Jarvakandi_vallavalitsus, lk 28
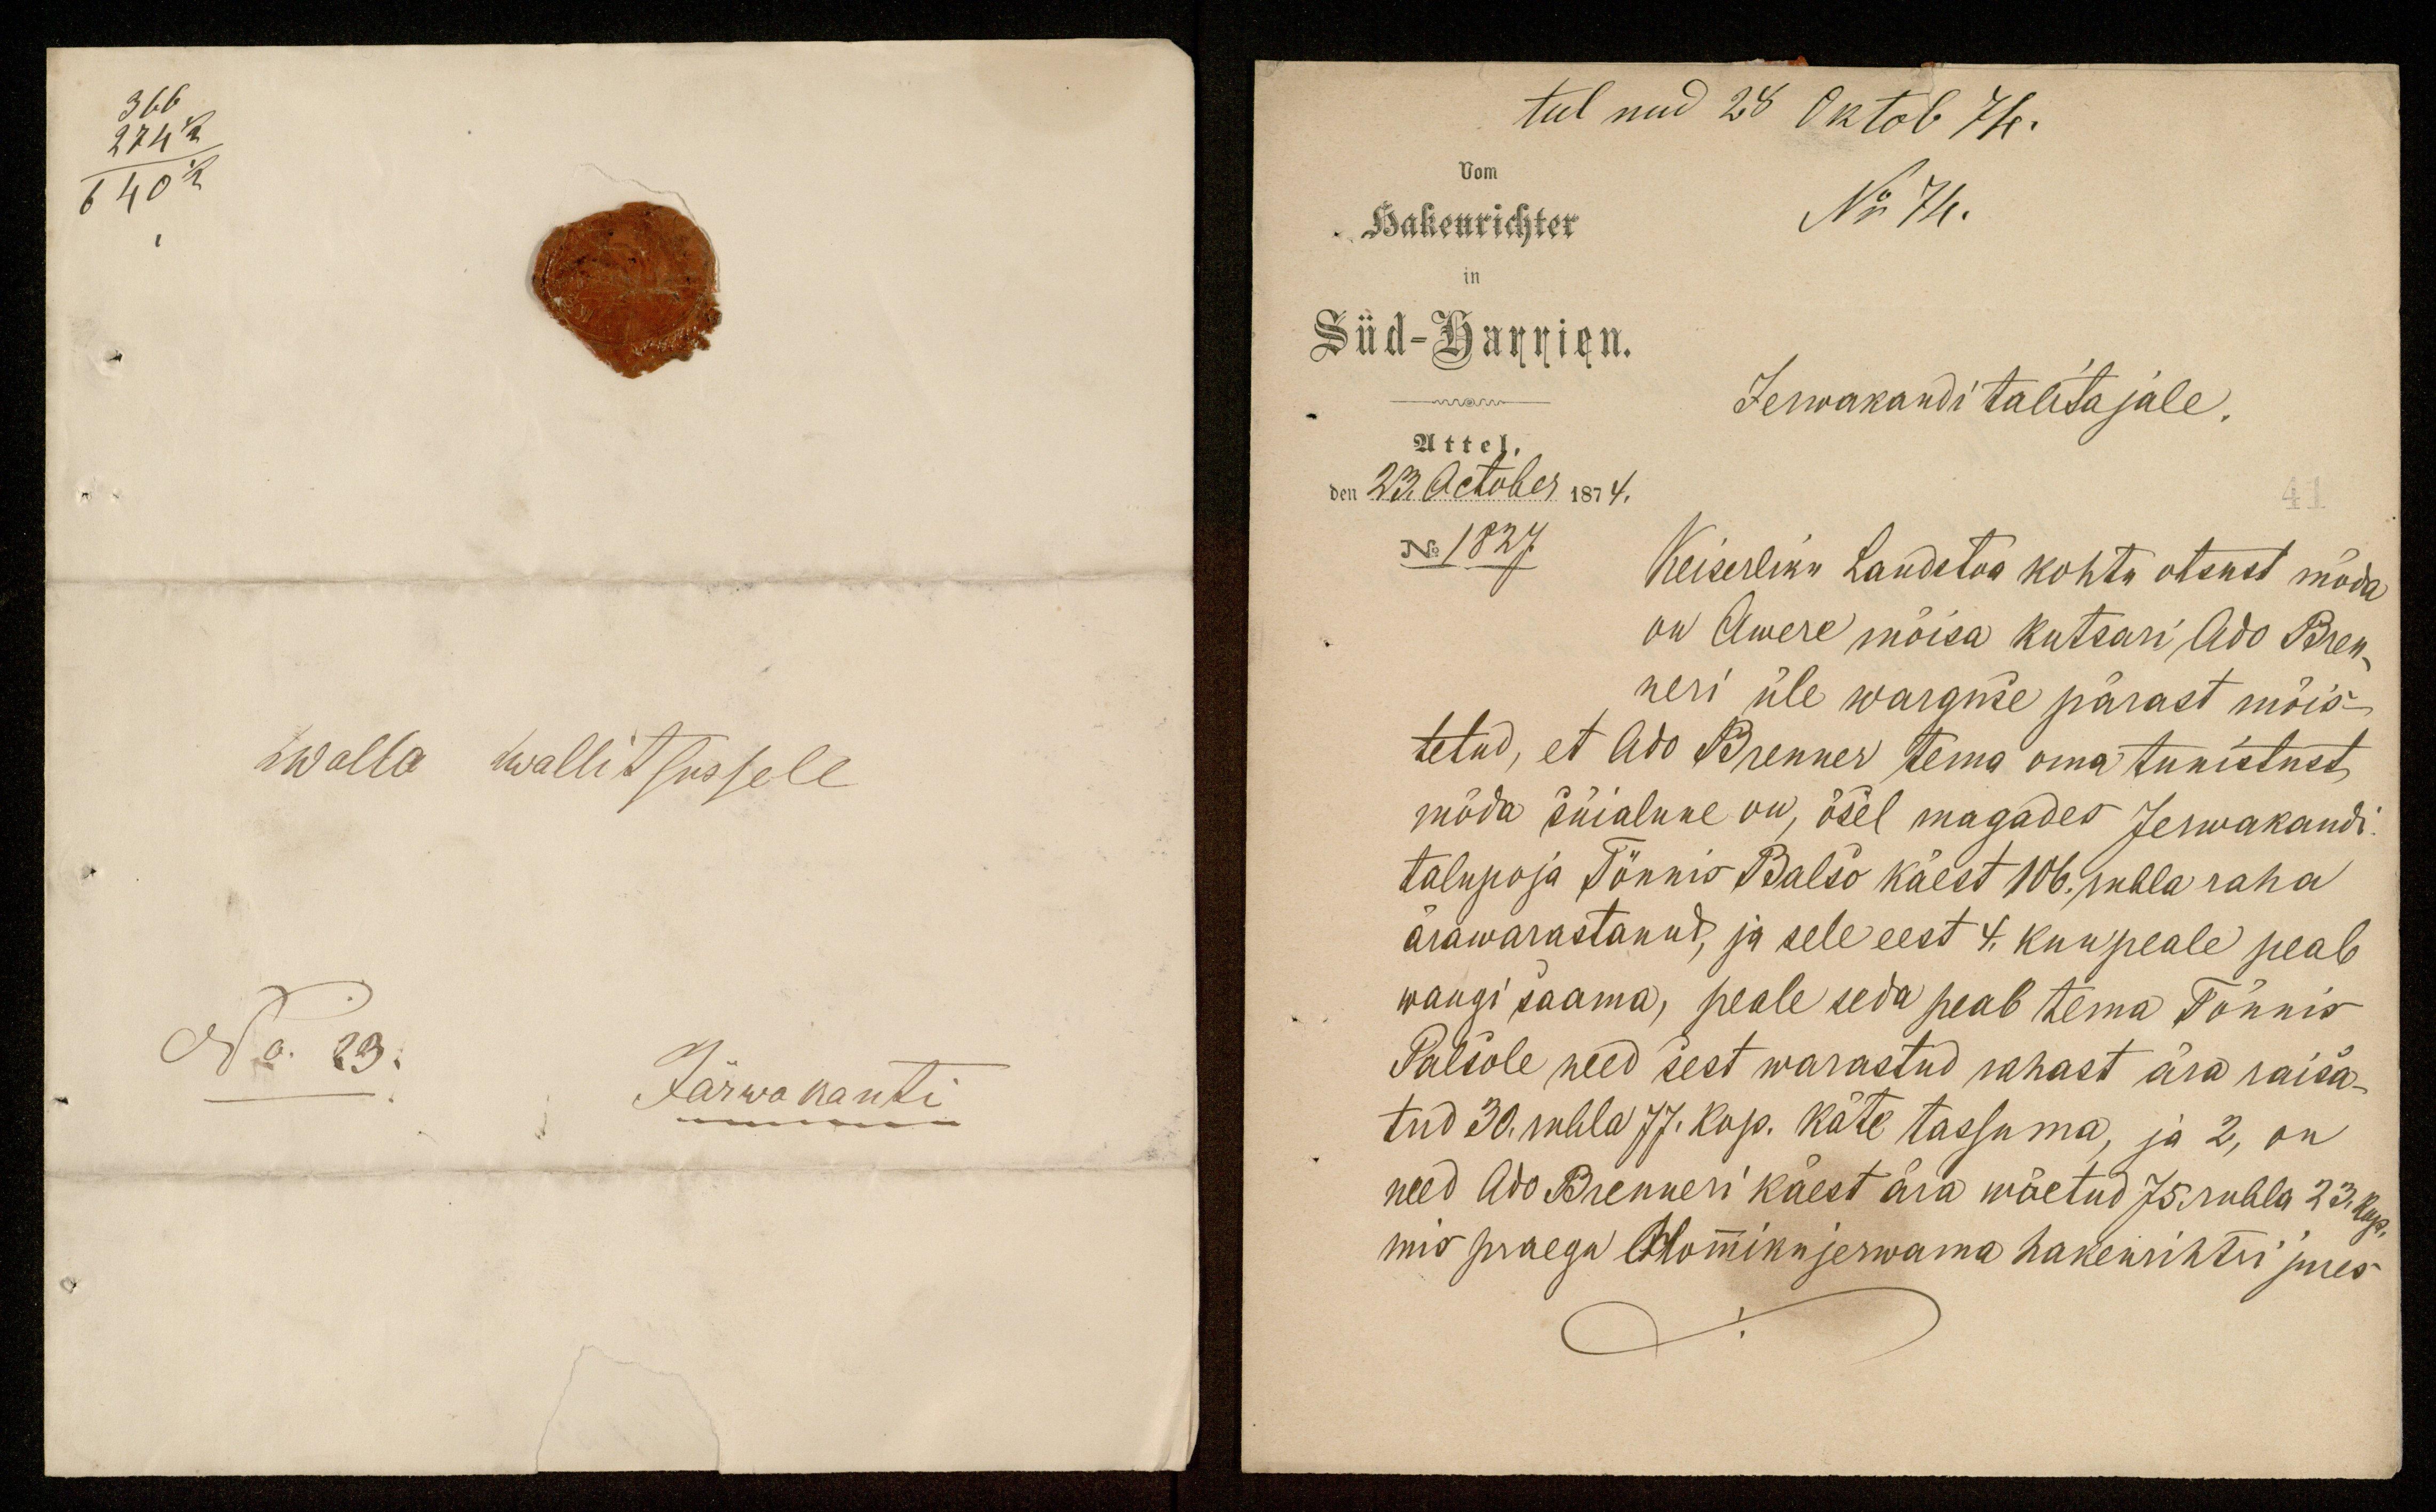
366
274
640
walla walitsussele
No. 23.
Järwa kanti

tulnud 28 Oktob 74.
Hakenrichter
No 74.
Süd-Harrien.
Jerwakandi talitajale.
Attel.
den 23. October 1874.
No 1827.
Keiserliku Landetoa kohtu otsust möda
on Awere mõisa kutsari Ado Bren-
neri üle warguse pärast mõis-
tetud, et Ado Brenner tema oma tunistust
möda süalune on, ösel magades Jerwakandi
talupoja Tõnnis Balso käest 106. rubla raha
ärawarastanud, ja sele eest 4. kuu peale peab
wangi saama, peale seda peab tema Tõnnis
Balsole need sest warastud rahast ära raisa-
tud 30. rubla 77. kop. käte tassuma, ja 2, on
need Ado Brenneri käest ära wõetud 75 rubla 23 kop.
mis praegu Okomiku jerwama hakenrihtri jures